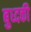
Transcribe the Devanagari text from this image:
बुध्दकी